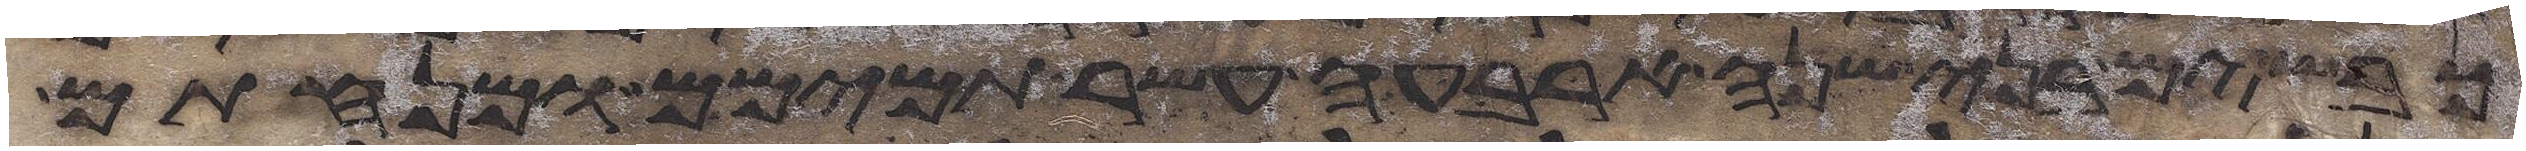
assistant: כבשים בני שנה ארבעה עשר תמימם ומנחתם